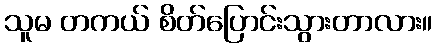
သူမ တကယ် စိတ်ပြောင်းသွားတာလား။